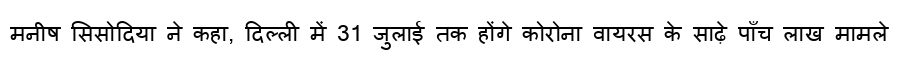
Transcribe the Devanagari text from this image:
मनीष सिसोदिया ने कहा, दिल्ली में 31 जुलाई तक होंगे कोरोना वायरस के साढ़े पाँच लाख मामले